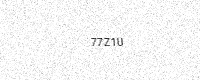
Text: 77Z1U